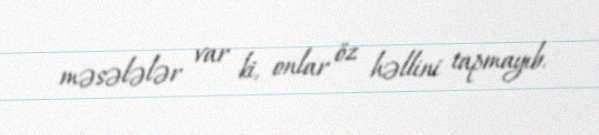
məsələlər var ki, onlar öz həllini tapmayıb.